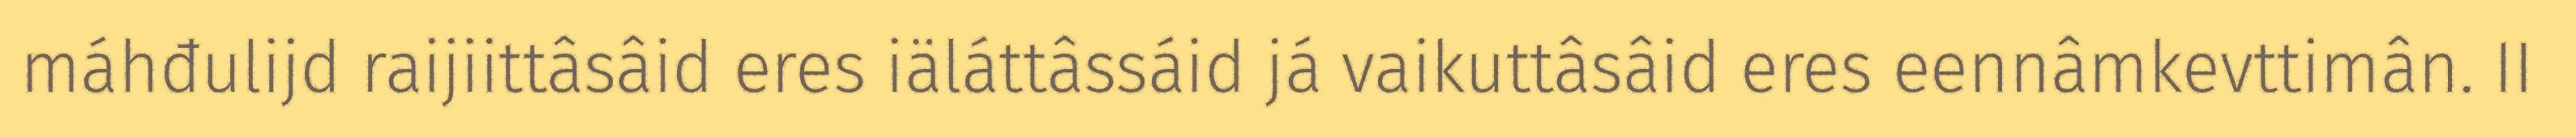
máhđulijd raijiittâsâid eres iäláttâssáid já vaikuttâsâid eres eennâmkevttimân. II